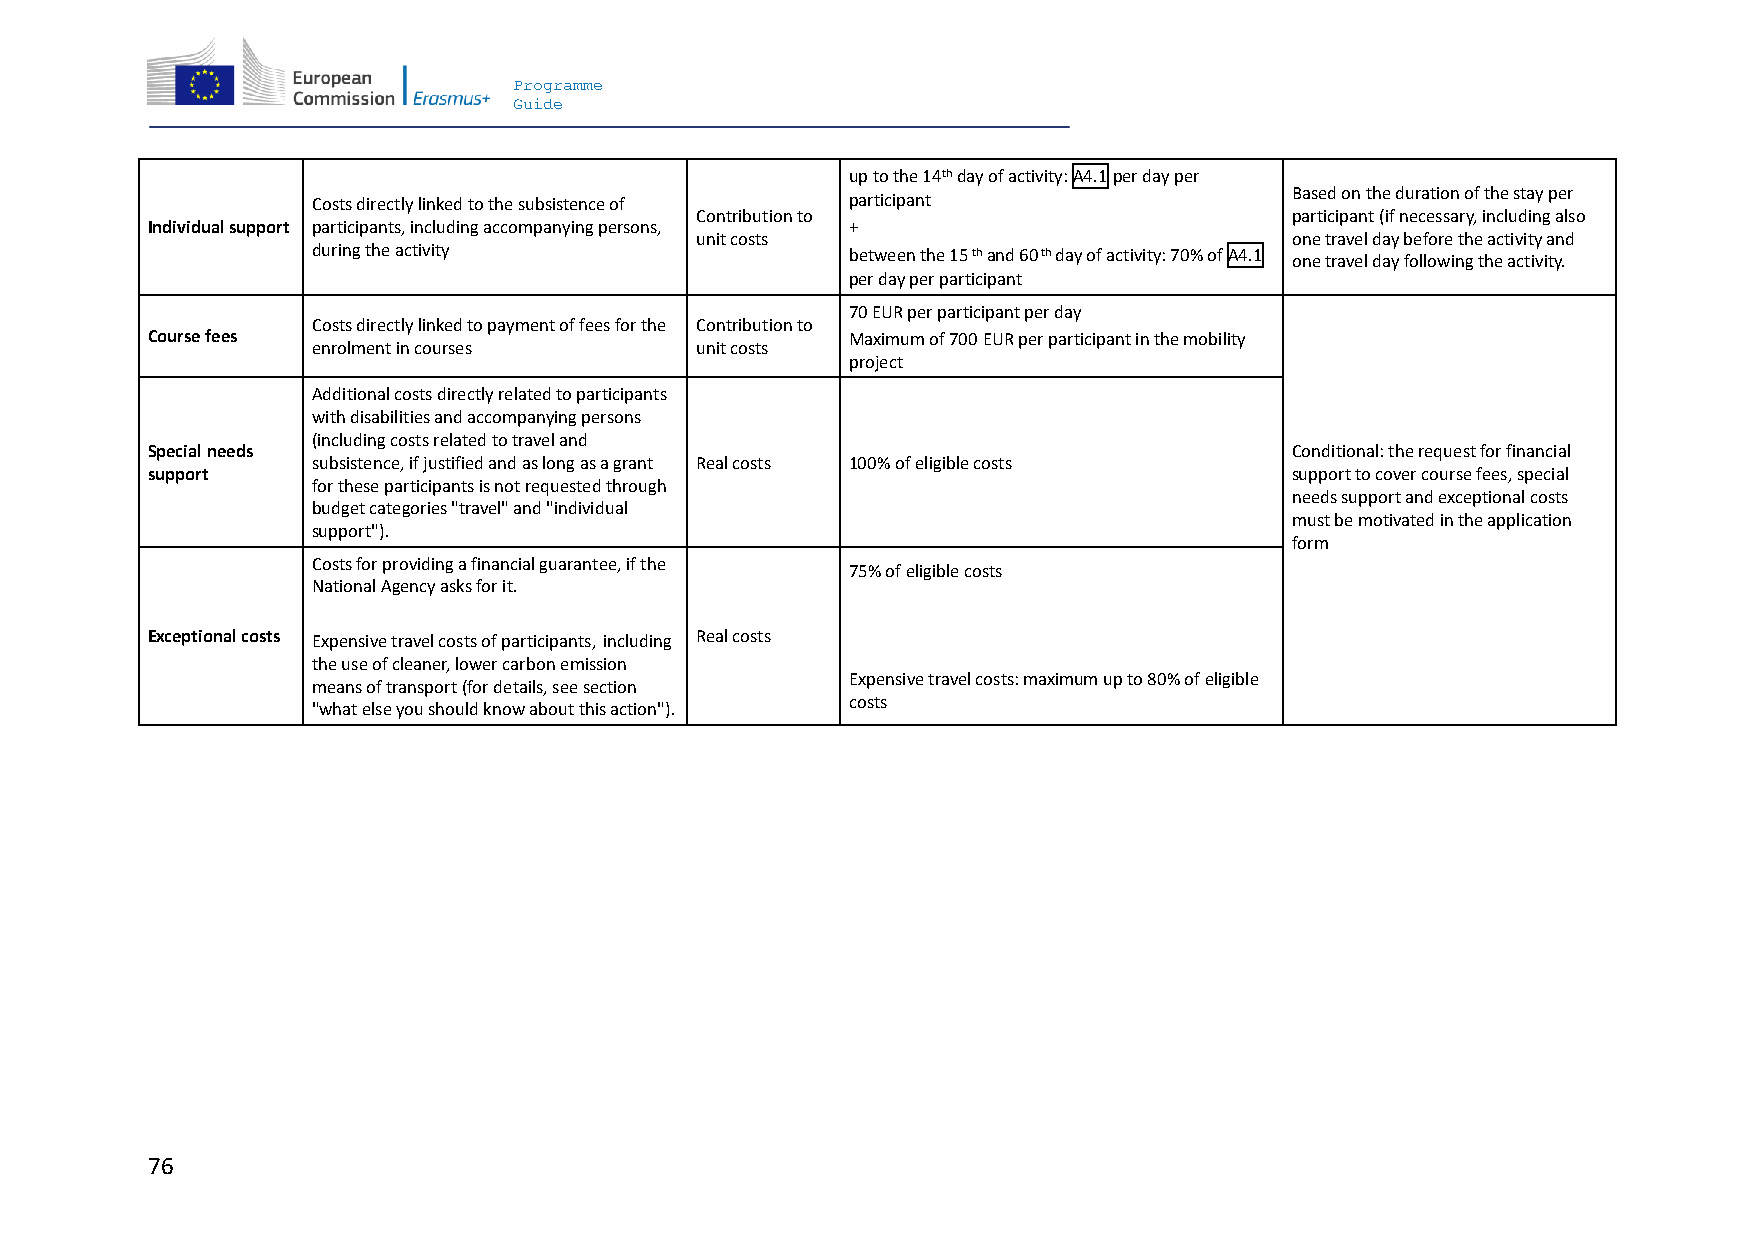
Programme
 Guide
 up to the 14th day of activity: A4.1 per day per
 Based on the duration of the stay per
 Costs directly linked to the subsistence of participant
 Contribution to                        participant (if necessary, including also
 Individual support participants, including accompanying persons, +
 unit costs                             one travel day before the activity and
 during the activity                between the 15 th and 60 th day of activity: 70% of A4.1 one travel day following the activity.
 per day per participant
 70 EUR per participant per day
 Costs directly linked to payment of fees for the Contribution to
 Course fees                                   Maximum of 700 EUR per participant in the mobility
 enrolment in courses     unit costs
 project
 Additional costs directly related to participants
 with disabilities and accompanying persons
 (including costs related to travel and
 Special needs                                                              Conditional: the request for financial
 subsistence, if justified and as long as a grant Real costs 100% of eligible costs
 support                                                                    support to cover course fees, special
 for these participants is not requested through
 needs support and exceptional costs
 budget categories "travel" and "individual
 must be motivated in the application
 support").
 form
 Costs for providing a financial guarantee, if the
 75% of eligible costs
 National Agency asks for it.
 Exceptional costs Expensive travel costs of participants, including Real costs
 the use of cleaner, lower carbon emission
 Expensive travel costs: maximum up to 80% of eligible
 means of transport (for details, see section
 costs
 "what else you should know about this action").
 76